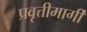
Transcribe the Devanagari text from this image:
प्रवृत्तीमार्गी